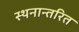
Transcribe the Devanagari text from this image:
स्थनान्तरित